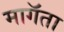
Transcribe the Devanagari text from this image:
मागॅता